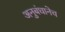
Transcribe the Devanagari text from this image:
अनुबंधानेच